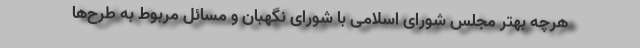
هرچه بهتر مجلس شورای اسلامی با شورای نگهبان و مسائل مربوط به طرح‌ها